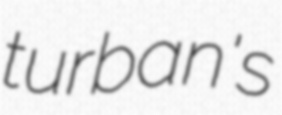
turban's